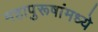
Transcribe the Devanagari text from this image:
महापुरूषांमध्ये